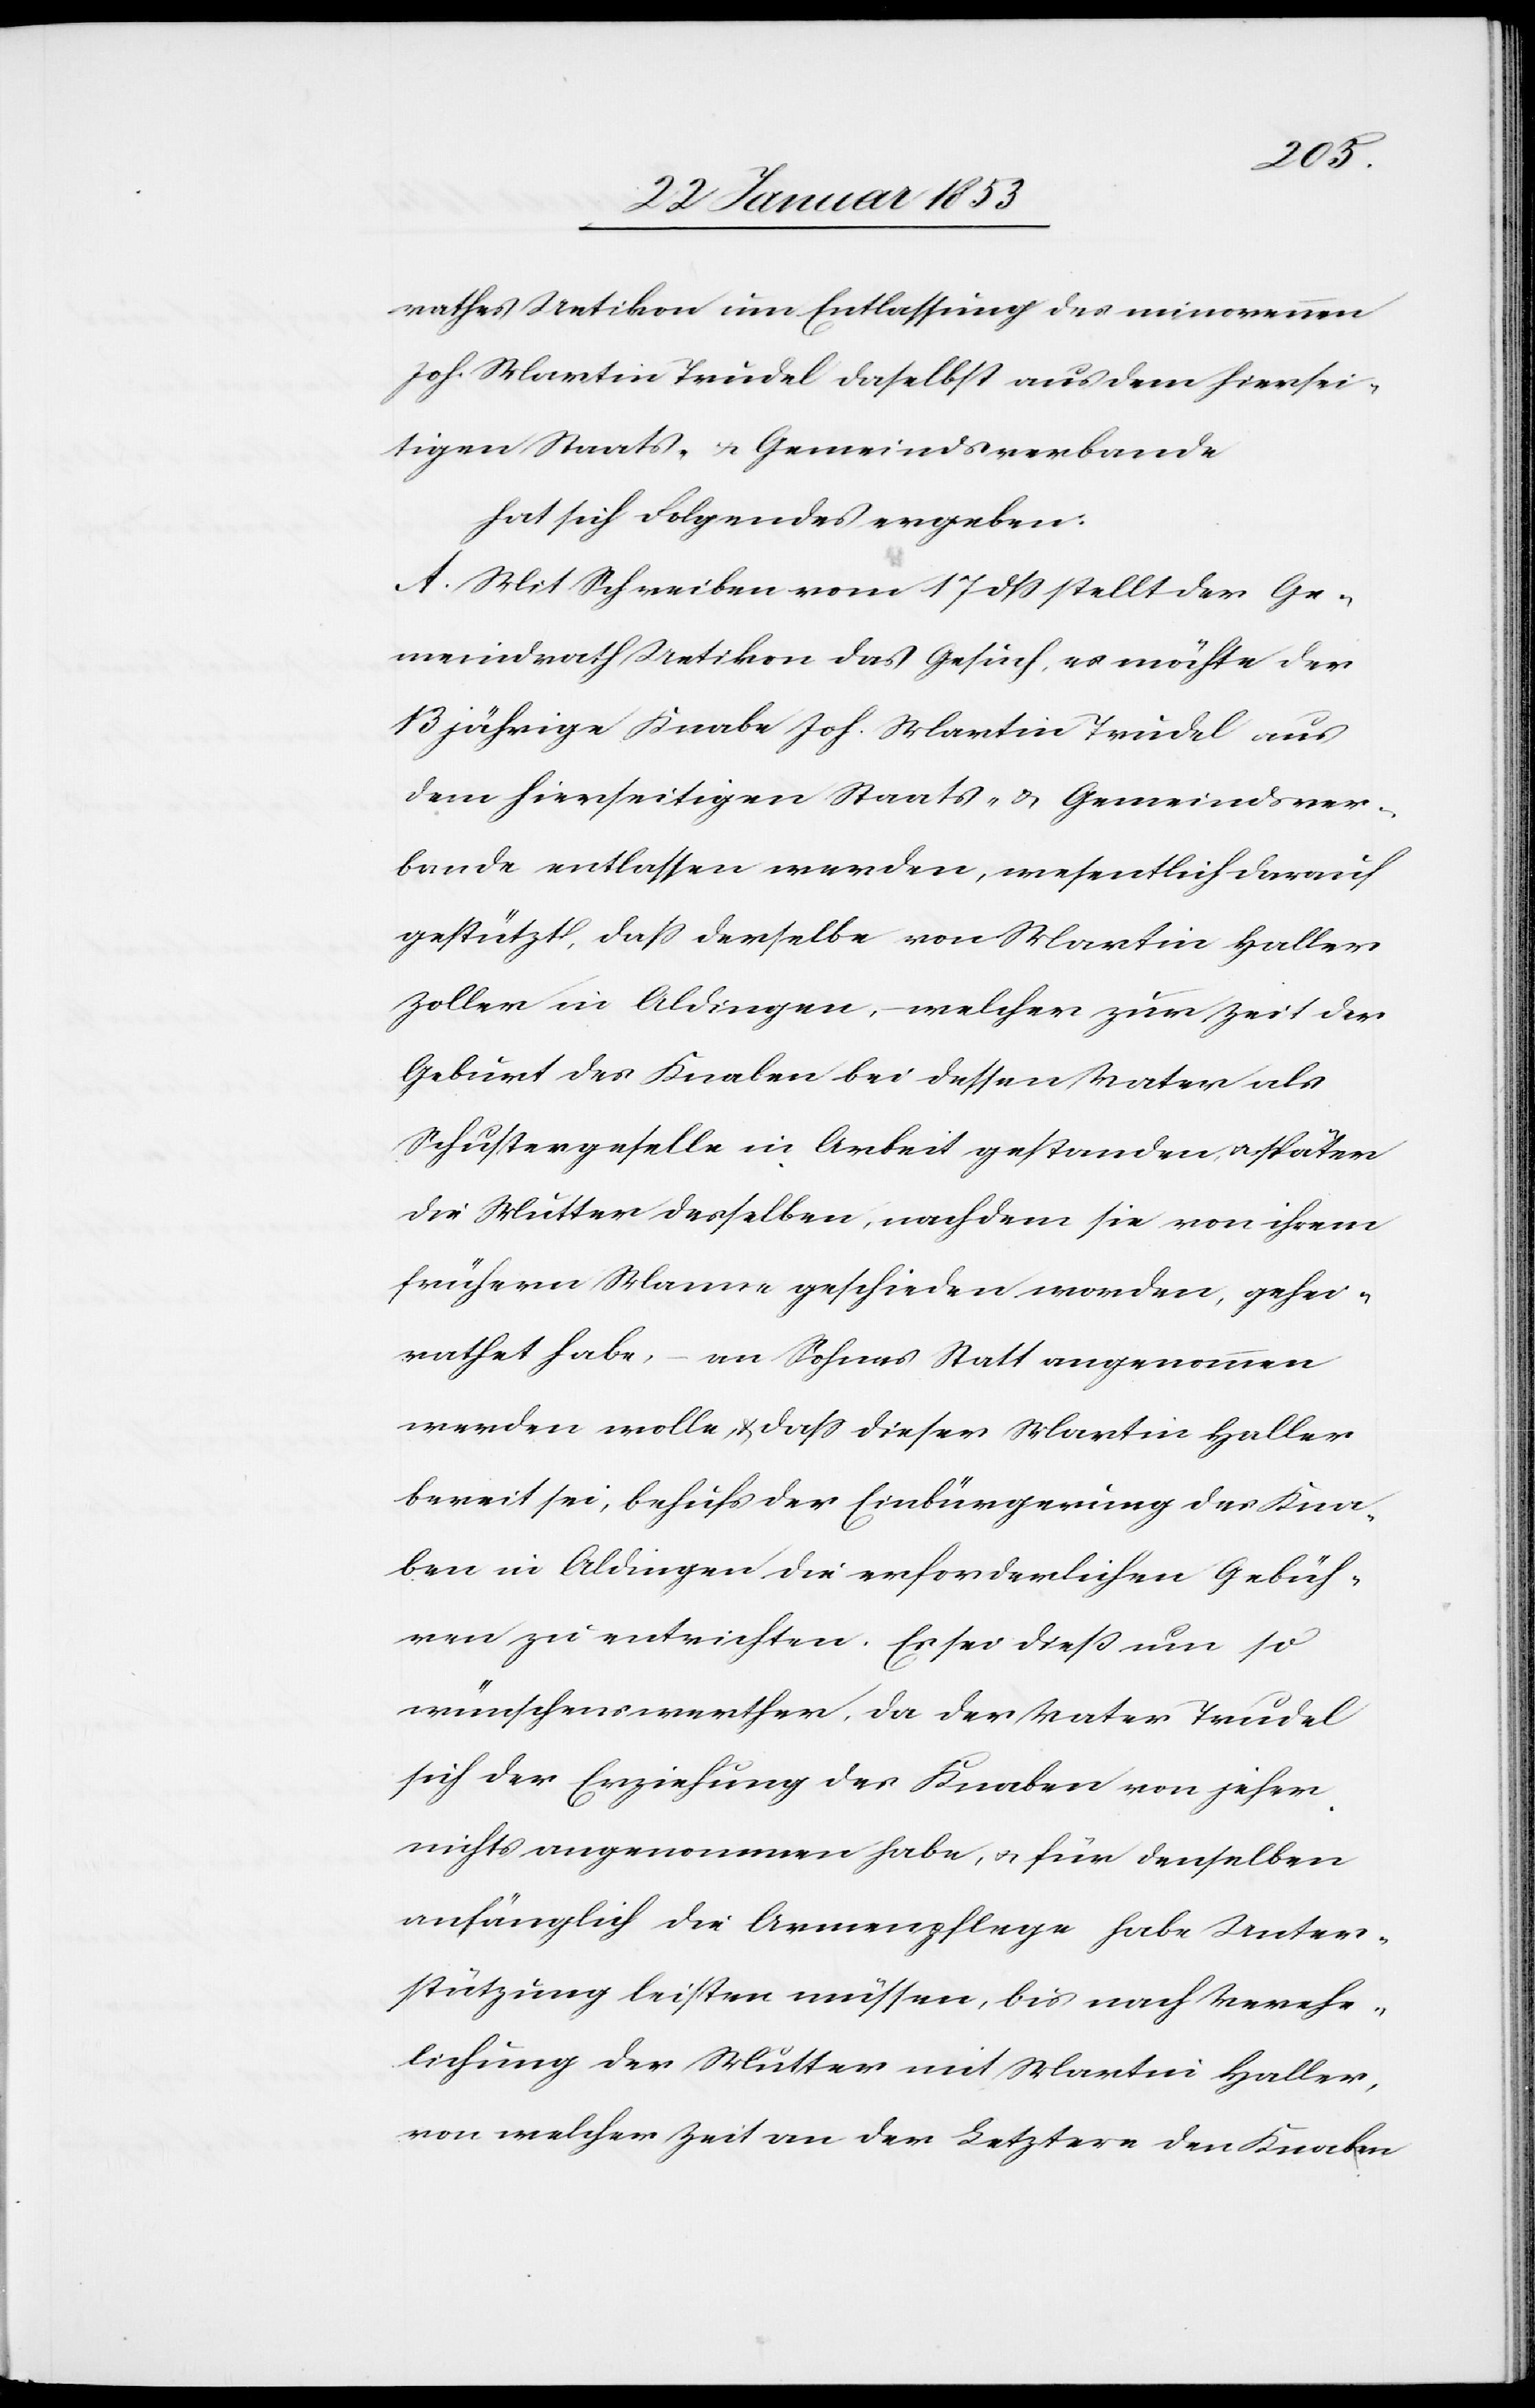
rathes Uetikon um Entlassung des minorennen
Joh. Martin Trudel daselbst aus dem hiersei¬
tigen Staats- u. Gemeindsverbande
hat sich Folgendes ergeben:
A. Mit Schreiben vom 17 dß stellt der Ge¬
meindrath Uetikon das Gesuch, es möchte der
13 jährige Knabe Joh. Martin Trudel aus
dem hierseitigen Staats- u. Gemeindsver¬
bande entlassen werden, wesentlich darauf
gestützt, daß derselbe von Martin Haller
Zoller in Aldingen, – welcher zur Zeit der
Geburt des Knaben bei dessen Vater als
Schustergeselle in Arbeit gestanden, u. später
die Mutter desselben, nachdem sie von ihrem
frühern Manne geschieden worden, gehei¬
rathet habe, – an Sohnes Statt angenommen
werden wolle, u. daß dieser Martin Haller
bereit sei, behufs der Einbürgerung des Kna¬
ben in Aldingen die erforderlichen Gebüh¬
ren zu entrichten. Es sei daß um so
wünschenswerther, da der Vater Trudel
sich der Erziehung des Knaben von jeher
nicht angenommen habe, u. für denselben
anfänglich die Armenpflege habe Unter¬
stützung leisten müssen, bis nach Verehe¬
lichung der Mutter mit Martin Haller
von welcher Zeit an der Letztere den Knaben